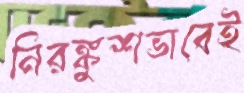
নিরঙ্কুশভাবেই